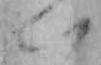
い